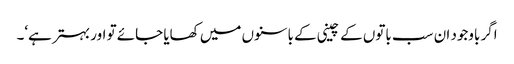
اگر باوجود ان سب باتوں کے چینی کے باسنوں میں کھایا جائے تو اور بہتر ہے‘۔